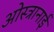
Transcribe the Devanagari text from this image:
ओस्त्रानाई